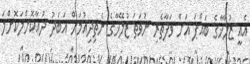
އެއީ ޒުލޭޚާގެ ބައްޕަ އަށް ވަފާތެރި ނުވަތަ ޒުލޭޚާގެ ނެތިދިއުމަށް އަބަދު ދުޢާކޮށްލަކޮށްލަ